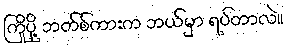
ကြိုပို့ ဘတ်စ်ကားက ဘယ်မှာ ရပ်တာလဲ။